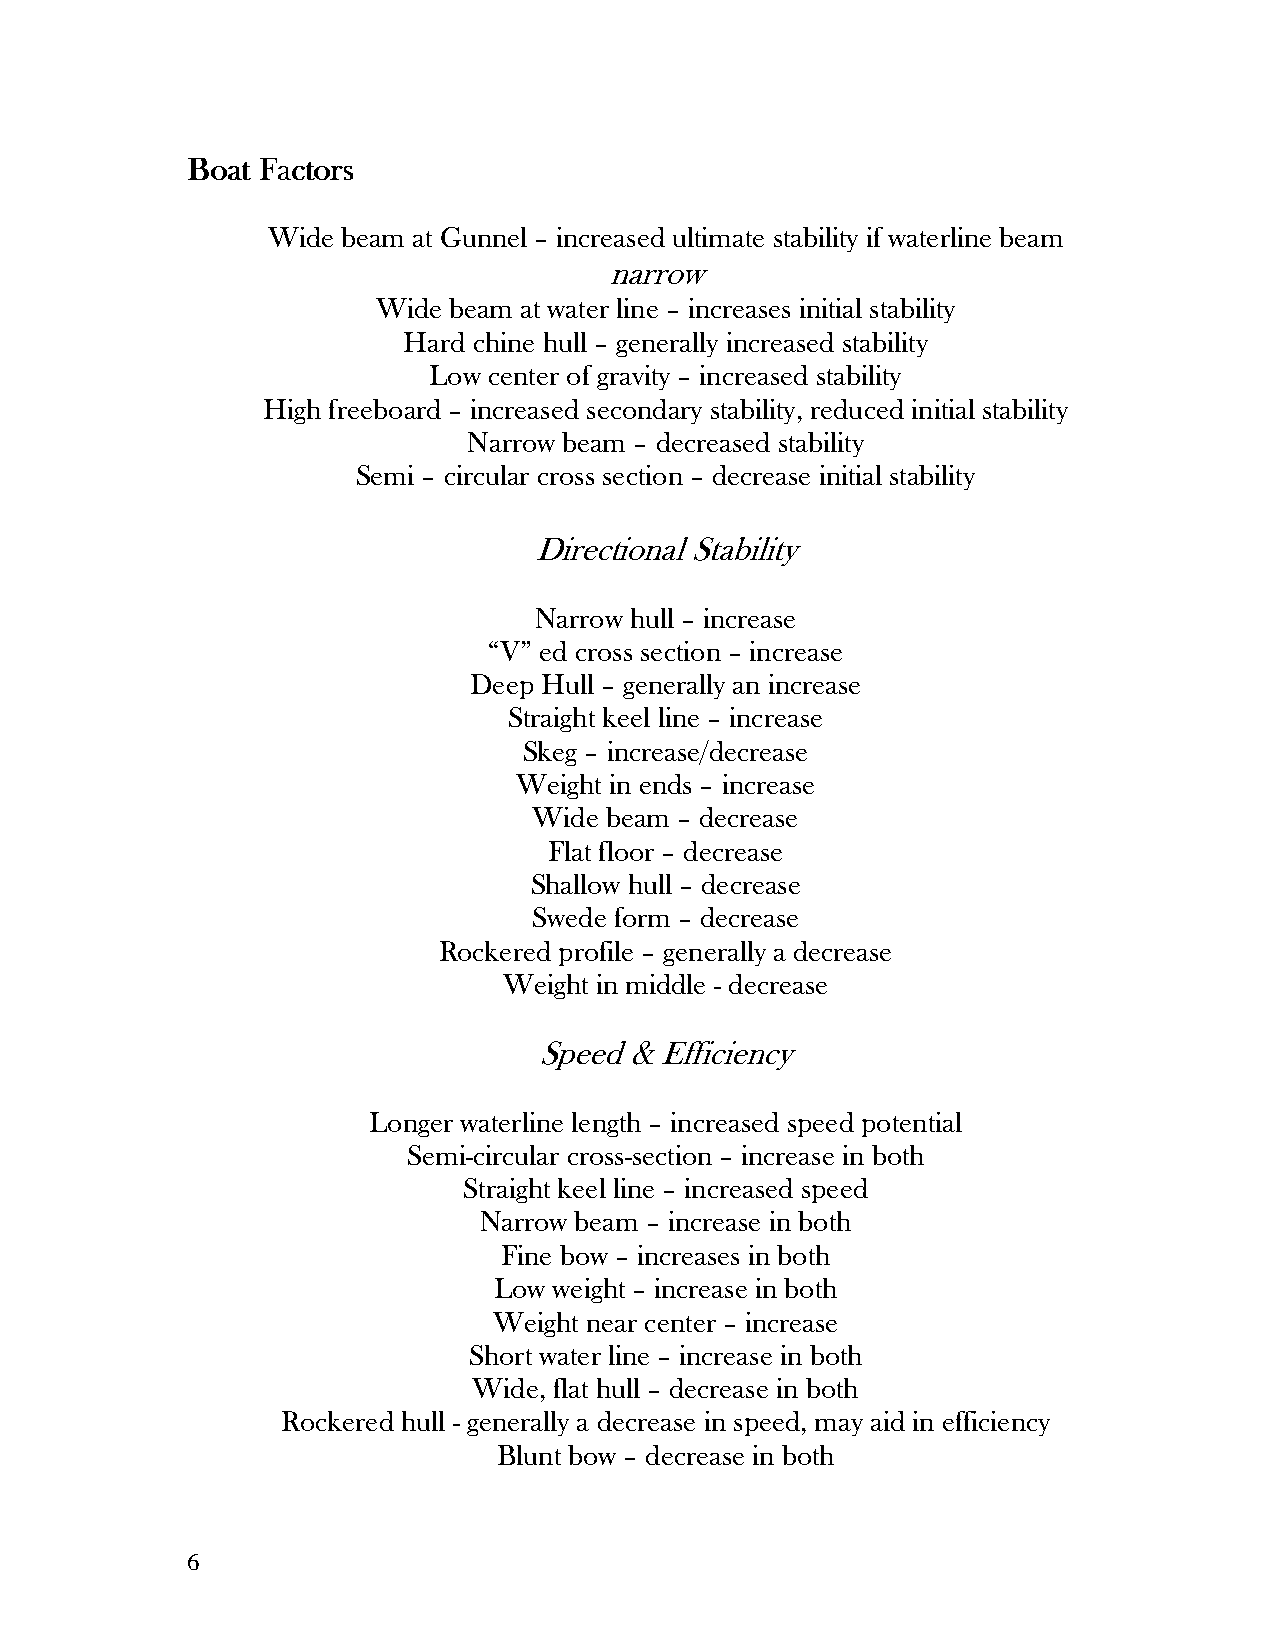
BBBBooooaaaatttt FFFFaaaaccccttttoooorrrrssss
 Wide beam at Gunnel – increased ultimate stability if waterline beam
 narrow
 Wide beam at water line – increases initial stability
 Hard chine hull – generally increased stability
 Low center of gravity – increased stability
 High freeboard – increased secondary stability, reduced initial stability
 Narrow beam – decreased stability
 Semi – circular cross section – decrease initial stability
 Directional Stability
 Narrow hull – increase
 “V” ed cross section – increase
 Deep Hull – generally an increase
 Straight keel line – increase
 Skeg – increase/decrease
 Weight in ends – increase
 Wide beam – decrease
 Flat floor – decrease
 Shallow hull – decrease
 Swede form – decrease
 Rockered profile – generally a decrease
 Weight in middle - decrease
 Speed & Efficiency
 Longer waterline length – increased speed potential
 Semi-circular cross-section – increase in both
 Straight keel line – increased speed
 Narrow beam – increase in both
 Fine bow – increases in both
 Low weight – increase in both
 Weight near center – increase
 Short water line – increase in both
 Wide, flat hull – decrease in both
 Rockered hull - generally a decrease in speed, may aid in efficiency
 Blunt bow – decrease in both
 6